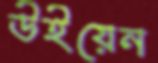
উইয়েন